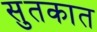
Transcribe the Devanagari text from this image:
सुतकात